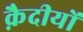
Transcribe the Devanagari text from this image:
क़ैदीयों